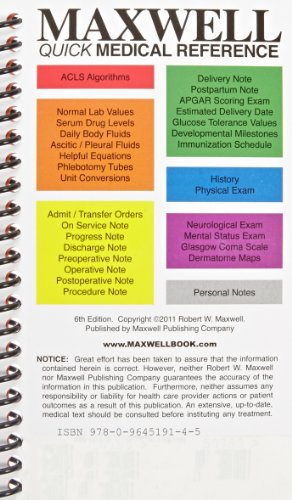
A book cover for Maxwell Quick Medical Reference; Robert W. Maxwell; Medical Books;